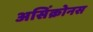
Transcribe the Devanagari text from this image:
असिंक्रोनस